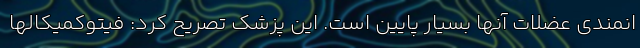
انمندی عضلات آنها بسیار پایین است. این پزشک تصریح کرد: فیتوکمیکالها